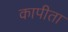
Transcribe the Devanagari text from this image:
कापीता